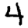
Digit: 4